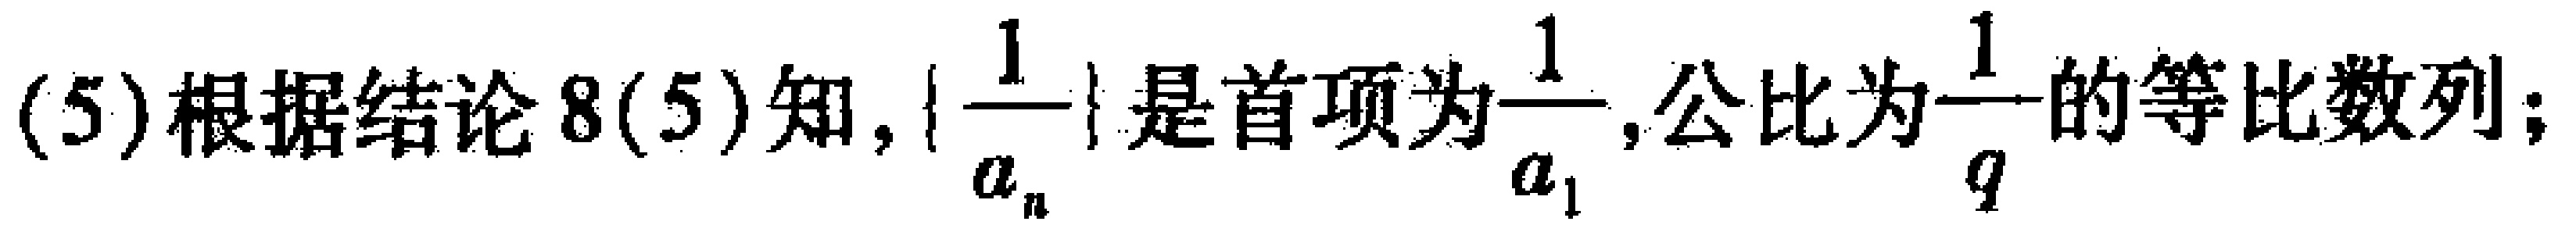
(5)根据结论8(5)知, \(\left\{\frac{1}{a_{n}}\right\}\)是首项为\(\frac{1}{a_{1}}\),公比为\(\frac{1}{q}\)的等比数列；